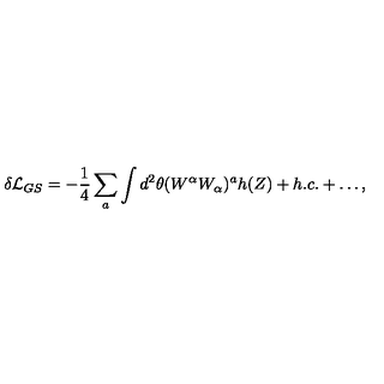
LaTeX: \delta { \cal L } _ { G S } = - \frac { 1 } { 4 } \sum _ { a } \int d ^ { 2 } \theta ( W ^ { \alpha } W _ { \alpha } ) ^ { a } h ( Z ) + h . c . + \dots ,